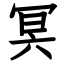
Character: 冥